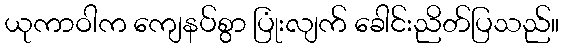
ယုကာဝါက ကျေနပ်စွာ ပြုံးလျက် ခေါင်းညိတ်ပြသည်။